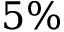
5 \%